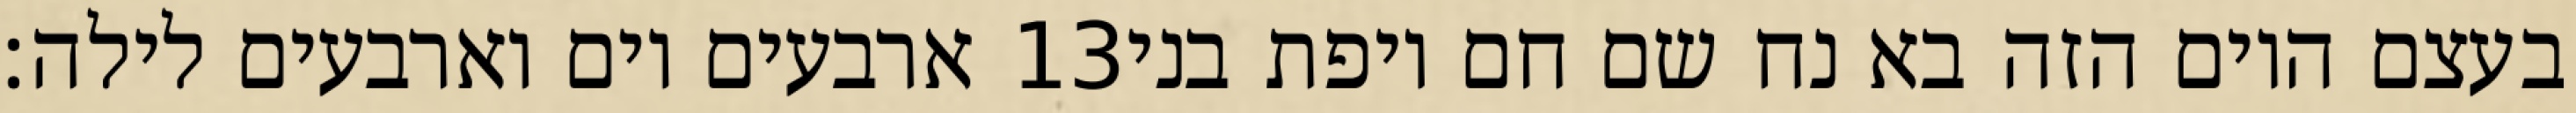
ארבעים יום וארבעים לילה׃ ‎13‏ בעצם היום הזה בא נח שם חם ויפת בני